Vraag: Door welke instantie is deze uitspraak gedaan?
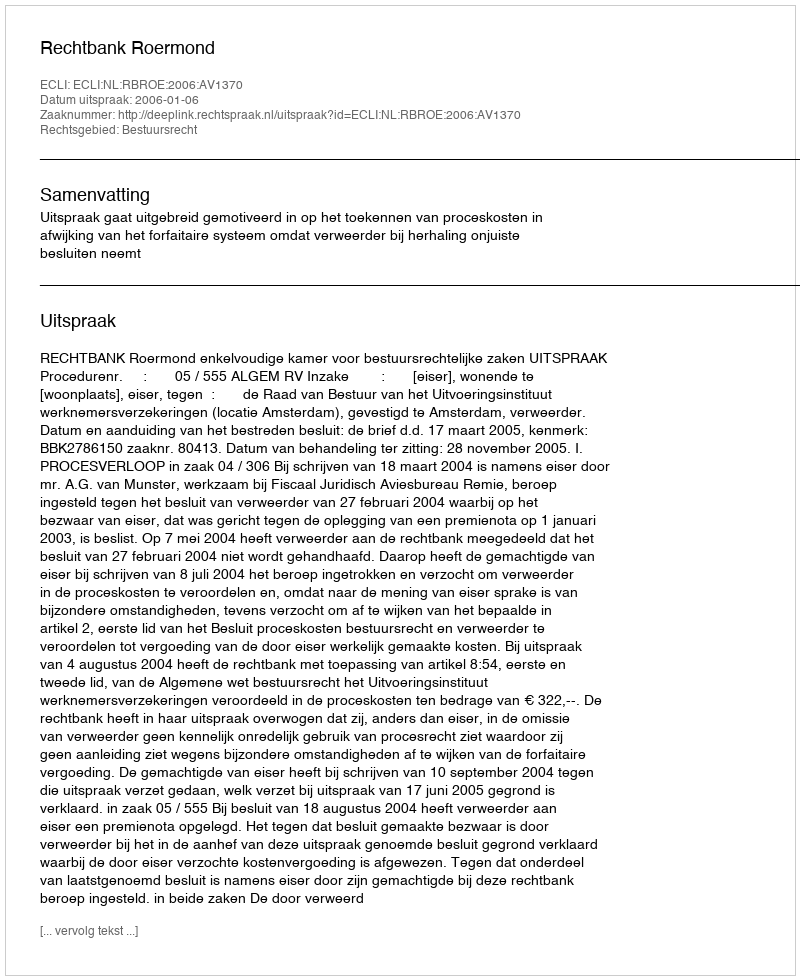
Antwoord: Rechtbank Roermond